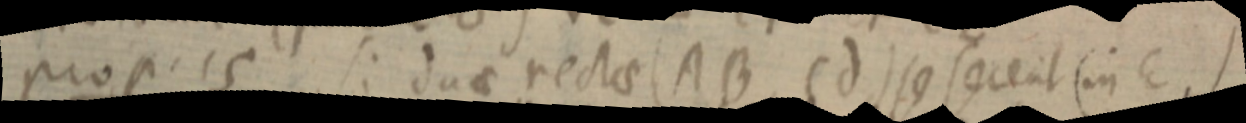
prop. 15 si duae rectae (AB Cd) se secent (in E,)